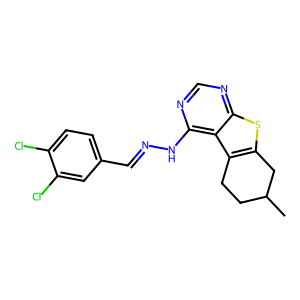
SMILES: CC1CCc2c(sc3ncnc(NN=Cc4ccc(Cl)c(Cl)c4)c23)C1
Inhibits HIV replication: No